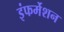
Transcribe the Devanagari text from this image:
इंफर्मेशन